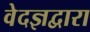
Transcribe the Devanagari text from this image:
वेदज्ञद्वारा